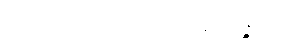
ယထာဘူတဉာဏဒဿနဝိပန္နဿ